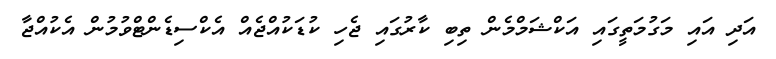
އަދި އައި މަގުމަތީގައި އަކްޝަމްމެން ތިބި ކާރުގައި ޖެހި ކުޑަކުއްޖެއް އެކްސިޑެންޓްވުމުން އެކުއްޖާ